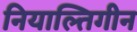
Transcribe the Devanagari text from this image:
नियाल्तिगीन